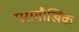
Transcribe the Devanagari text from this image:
परामौखिक